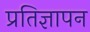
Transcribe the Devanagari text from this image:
प्रतिज्ञापन